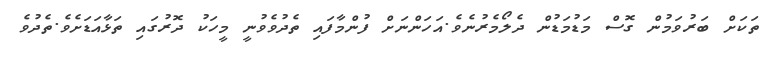
ތަކަށް ބަރުވަމުން ގޮސް މަޑުމަޑުން ދެލޯމެރުނެވެ.އަހަންނަށް ފުންމާފައި ތެދުވެވުނީ މީހަކު ދޮރުގައި ތަޅާއަޑަށެވެ.ތެދުވެ